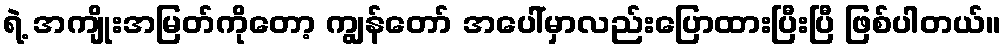
ရဲ့ အကျိုးအမြတ်ကိုတော့ ကျွန်တော် အပေါ်မှာလည်းပြောထားပြီးပြီ ဖြစ်ပါတယ်။